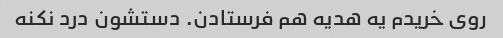
روی خریدم یه هدیه هم فرستادن. دستشون درد نکنه